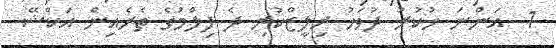
1  އަންނަ ހުކުރު ދުވަހު ރިލީޒްކުރި ދެ ފިލްމުގެ ތެރެއިން އަކްޝޭ